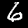
Digit: 6